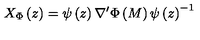
X _ { \Phi } \left( z \right) = \psi \left( z \right) \nabla ^ { \prime } \Phi \left( M \right) \psi \left( z \right) ^ { - 1 }